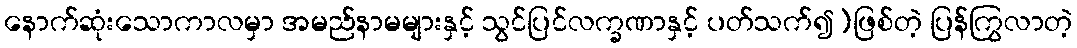
နောက်ဆုံးသောကာလမှာ အမည်နာမများနှင့် သွင်ပြင်လက္ခဏာနှင့် ပတ်သက်၍)ဖြစ်တဲ့ ပြန်ကြွလာတဲ့